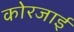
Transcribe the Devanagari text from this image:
कोरजाई